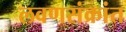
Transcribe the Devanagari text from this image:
लवणसंक्रांत